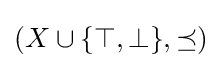
(X\cup \{\top ,\bot \},\preceq )